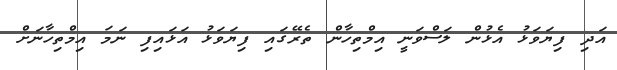
އަދި ފިޔަވަޅު އެޅުން ލަސްވަނީ އިމްތިހާން ތެރޭގައި ފިޔަވަޅު އަޅައިފި ނަމަ އިމްތިހާނަށް